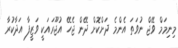
މިނިމަމް ވޭޖް ނުވަތަ އެންމެ ދަށްކޮށް ދޭން ޖެހޭ އުޖޫރައަކީ ވަޒީފާ އަދާކުރާ